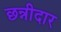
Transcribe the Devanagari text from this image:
छन्नीदार